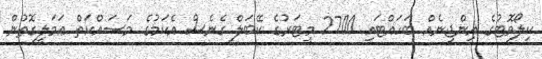
ކިލޯވޮޓުގެ އިންޖީނެއް ބަހައްޓައި 2700 މީޓަރުގެ ކޭބަލް ގެނެސް އެކަމުގެ މަސައްކަތް ޢަމަލީގޮތުން